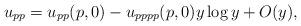
LaTeX: \begin{align*}u_{pp} = u_{pp}(p,0) - u_{pppp}(p,0)y\log y +O(y),\end{align*}